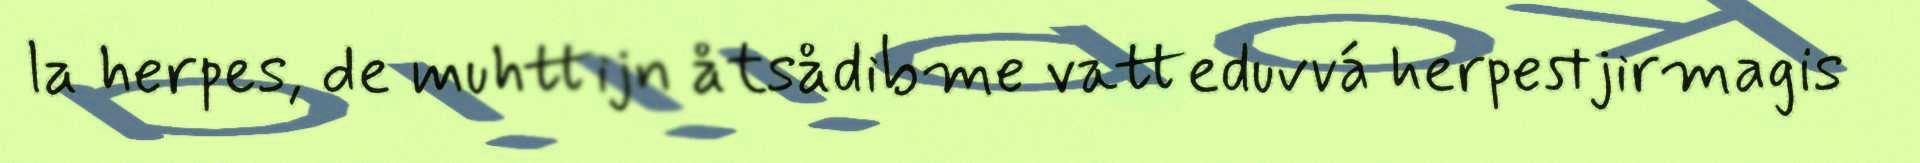
la herpes, de muhttijn åtsådibme vatteduvvá herpestjirmagis